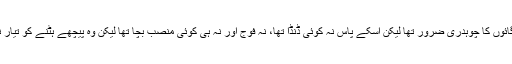
شریفو گائوں کا چوہدری ضرور تھا لیکن اسکے پاس نہ کوئی ڈنڈا تھا، نہ فوج اور نہ ہی کوئی منصب بچا تھا لیکن وہ پیچھے ہٹنے کو تیار نہیں تھا۔